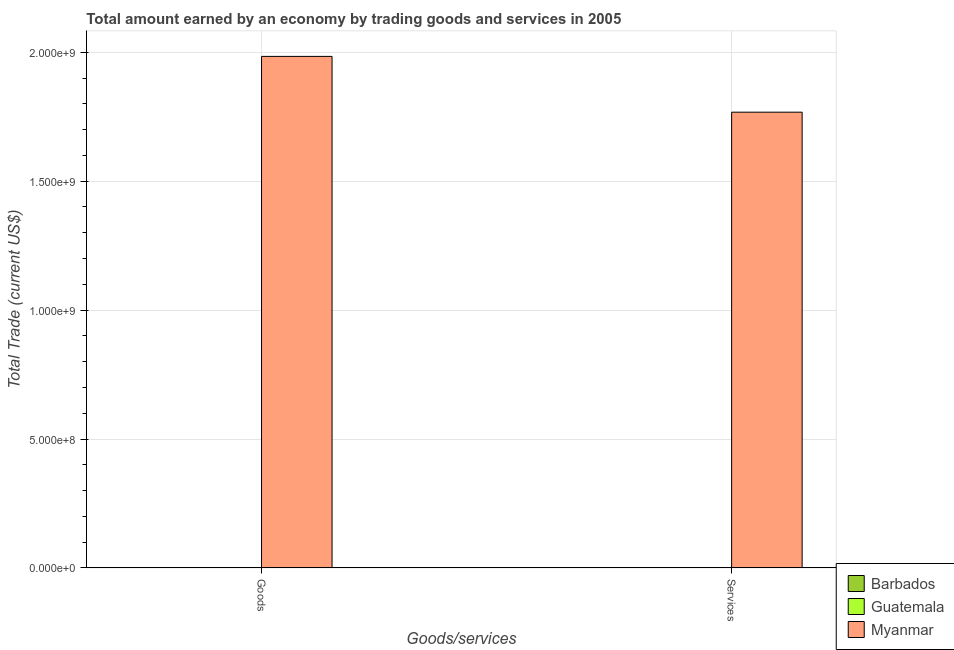
| Goods/services | Barbados | Guatemala | Myanmar |
 | --- | --- | --- | --- |
 | Goods | -1.15e+09 | -4.19e+09 | 1.98e+09 |
 | Services | -3.56e+08 | -4.33e+09 | 1.77e+09 |